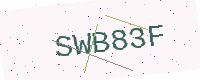
Text: SWB83F